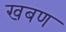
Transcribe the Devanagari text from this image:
खबण